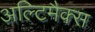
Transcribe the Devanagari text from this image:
अल्टिमैक्स